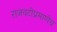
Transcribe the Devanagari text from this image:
राजवटीप्रमाणेच